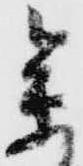
参